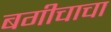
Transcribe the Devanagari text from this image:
बगीचाचा